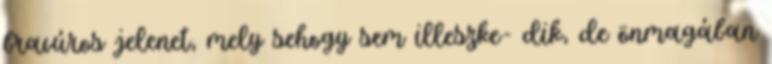
bravúros jelenet, mely sehogy sem illeszke- dik, de önmagában